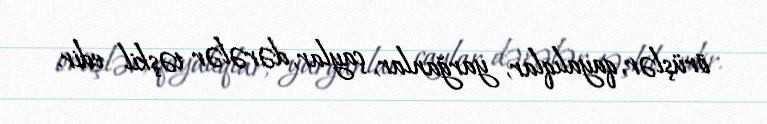
örüşlər, qayalıqlar, yarğanlar, çaylar, dərələr təşkil edir.